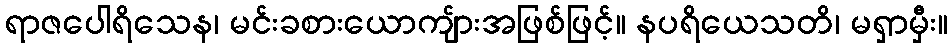
ရာဇပေါရိသေန၊ မင်းခစားယောကျ်ားအဖြစ်ဖြင့်။ နပရိယေသတိ၊ မရှာမှီး။